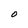
Character: O